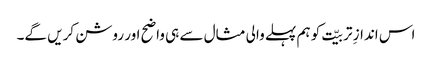
اس اندازِ تربیّت کو ہم پہلے والی مثال سے ہی واضح اور روشن کریں گے۔